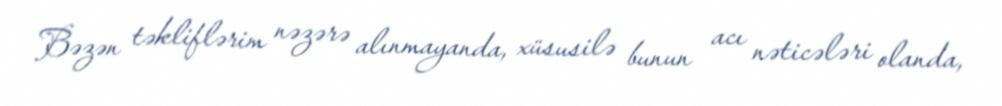
Bəzən təkliflərim nəzərə alınmayanda, xüsusilə bunun acı nəticələri olanda,